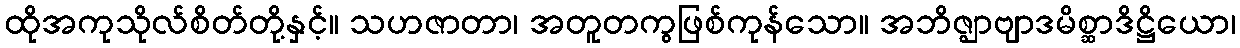
ထိုအကုသိုလ်စိတ်တို့နှင့်။ သဟဇာတာ၊ အတူတကွဖြစ်ကုန်သော။ အဘိဇ္ဈာဗျာဒမိစ္ဆာဒိဋ္ဌိယော၊